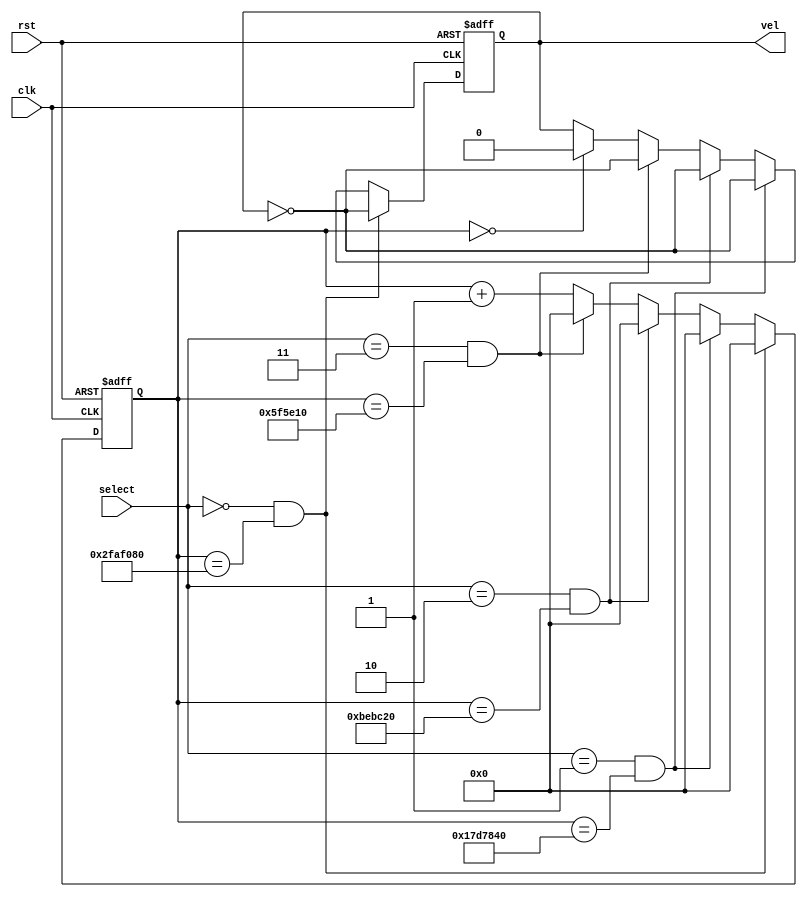
module base_tiempo_4vel (clk,rst,select,vel);
	parameter f=50000000; //frecuencia del reloj
	input clk,rst;
	input [1:0] select; //selecciona la velocidad
	output reg vel;
	
	reg [25:0] counter = 0; //conteo para el ciclo de reloj

	
	always @(posedge rst or posedge clk)
		
		if (rst)
			begin
			vel <= 0;
			counter <= 0;
			end
		
		else  
			begin
			counter <= counter + 1'b1;
			
			if (counter == 0)
				vel <= 0;

			if (select == 0 & counter == f)// velocidad de 1s
				begin				 	   
				vel <= ~vel;
				counter <= 0;
				end
				
			else if (select == 1 & counter == f/2)// velocidad de 0.5s
				begin
				vel <= ~vel;
				counter <= 0;
				end
				
			else if (select == 2 & counter == f/4)// velocidad de 0.25s
				begin
				vel <= ~vel;
				counter <= 0;
				end				   
				
			else if (select == 3 & counter == f/8)// velocidad de 0.125s
				begin
				vel <= ~vel;
				counter <= 0;
				end	
			end
endmodule